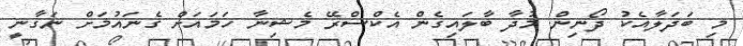
މި ބަދަލާއެކު ދޯނިން މުދާ ބާލައިގެން އެކްސްރޭ މެޝިނާ ހަމައަށް ގެނައުމަށް ނަގާނީ